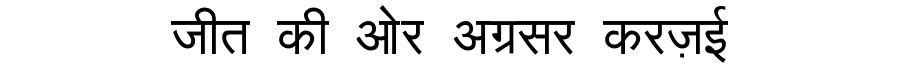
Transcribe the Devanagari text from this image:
जीत की ओर अग्रसर करज़ई